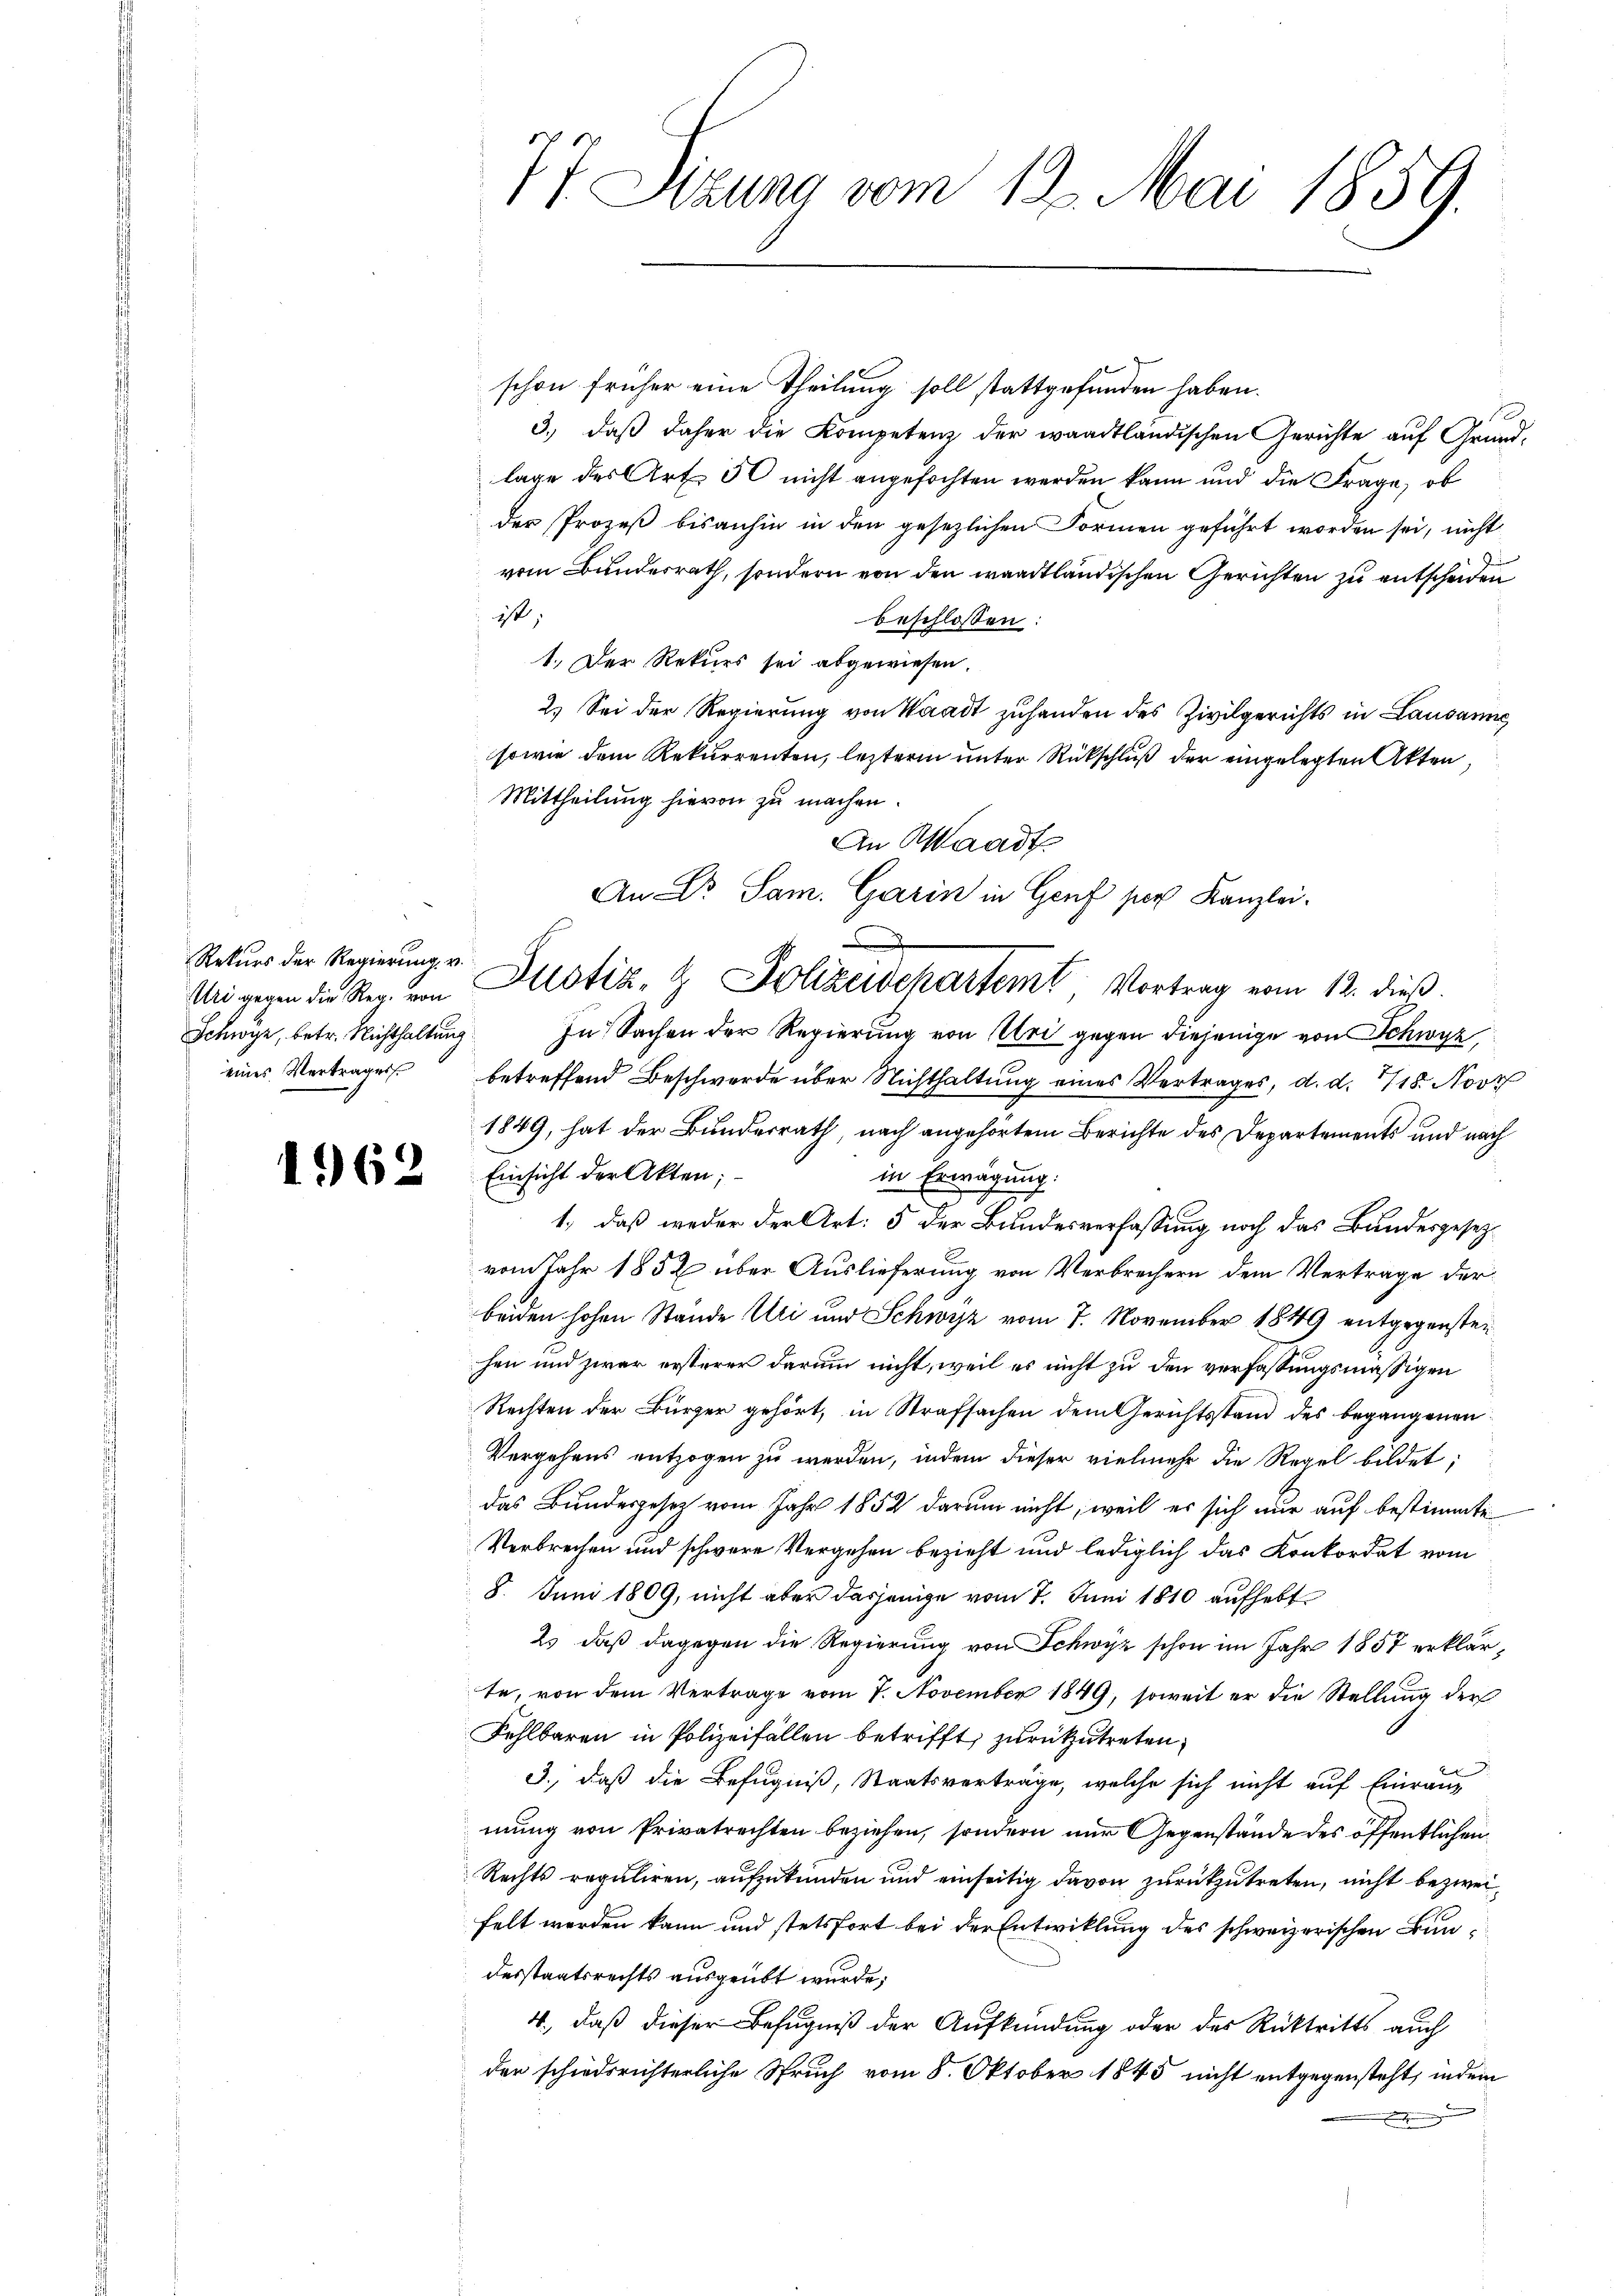
Rekurs der Regierung, v.
Schwyz, betr. Nichthaltung
eines Vertrages

1962

t. Sizung vom 12. Mai 1859.

schon früher eine Theilung soll stattgefunden haben.
S
3.) daß daher die Kompetenz der waadtländischen Gerichte auf Grundlage des Art. 50 nicht angefochten werden kann und die Frage, ob
der Prozeß bisanhin in den gesezlichen Formen geführt worden sei, nicht
vom Bundesrath, sondern von den waadtländischen Gerichten zu entscheiden
ist,
beschlossen
1.) Der Rekurs sei abgewiesen.
2.) Sei der Regierung von Waadt zuhanden des Zivilgerichts in Lausanne
sowie dem Rekurrenten, leztere unter Rückschluß der eingelegten Akten,
Mittheilung hievon zu machen.
An Waadt
In Sachen der Regierung von Sei gegen diejenige von Schwyz,
betreffend Beschwerde über Nichthaltung eines Vertrages, d. d. 118. Nov
1849, hat der Bundesrath, nach angehörtem Berichte des Departements und nach
Einsicht der Akten;
in Erwägung.
1.) daß weder der Art: 5 der Bundesverfassung noch das Bundesgesetzvom Jahr 1852 über Auslieferung von Verbrechern dem Vertrage der
beiden hohen Stände Uri und Schwyz vom 7. November 1849 entgegensten
hen und zwar ersterer darum nicht, weil es nicht zu den verfassungsmässigen
Rechten der Bürger gehört, in Strafsachen dem Gerichtsstand des begangenen
Vergehens entzogen zu werden, indem dieser vielmehr die Regel bildet;
das Bundesgesetz vom Jahr 1852 darum nicht, weil es sich nur auf bestimmte
Verbrechen und schwere Vergehen bezieht und lediglich das Konkordat vom
8. Juni 1809, nicht aber dasjenige vom 7. Juni 1810 aufhebt
2) daß dagegen die Regierung von Schwyz schon im Jahr 1857 erklärte, von dem Vertrage vom 7. November 1849, soweit er die Stellung der
Fehlbaren in Polizeifällen betrifft, zurückzutreten,
3., daß die Befugniß, Staatsverträge, welche sich nicht auf Einraug
mung von Privatrechten beziehen, sondern nur Gegenstände des öffentlichen
Rechts reguliren, aufzukünden und einseitig davon zurückzutreten, nicht bezweifelt werden kann und stetsfort bei der Entwicklung des schweizerischen Bundesstaatsrechts ausgeübt wurde;
4., daß dieser Befugniß der Aufkündung oder des Rücktritts auch
der schiedsrichterliche Spruch vom 8. Oktober 1845 nicht entgegensteht, indem
Eigen

An Dr. Sam. Garin in Genf per Kanzlei-
Ungegen die Reg. von Altstiz- & Polizeidepartemt Vortrag vom 12. dieß.